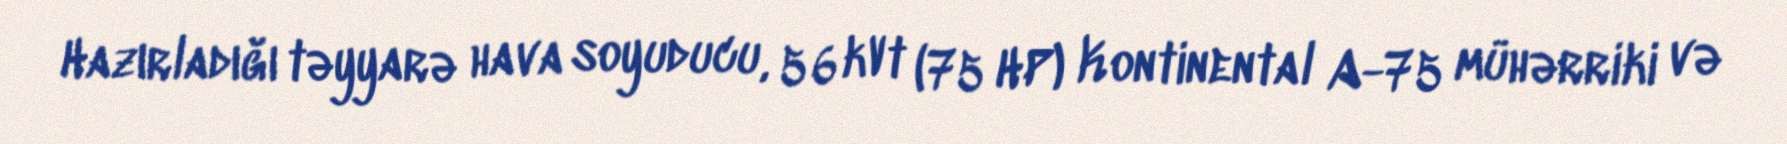
Hazırladığı təyyarə hava soyuducu, 56 kVt (75 HP) Kontinental A-75 mühərriki və